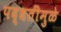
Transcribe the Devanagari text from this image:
पद्धतींमुळे